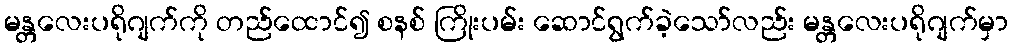
မန္တလေးပရိုဂျက်ကို တည်ထောင်၍ စနစ် ကြိုးပမ်း ဆောင်ရွက်ခဲ့သော်လည်း မန္တလေးပရိုဂျက်မှာ